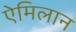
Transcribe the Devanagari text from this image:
ऐमिलान